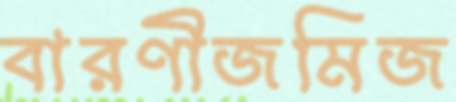
বারণীজমিজ